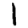
Digit: 1